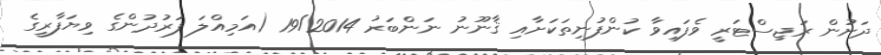
ދަށުން ރަޖިސްޓަރީ ވެފައިވާ ކުންފުނިތަކަށާއި ޤާނޫނު ނަންބަރު 19/2014 (އަމިއްލަ ފަރުދުންގެ ވިޔަފާރީގެ